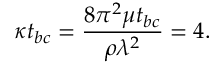
\kappa t _ { b c } = \frac { 8 \pi ^ { 2 } \mu t _ { b c } } { \rho \lambda ^ { 2 } } = 4 .